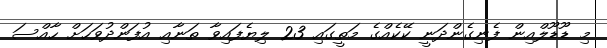
މި ޑޫޑޫލްއިން ފެނިގެންދަނީ ކޭކެއްގެ މަތީގައި 23 ލިޔެފައިވާ ތަނާއި އުފަންދުވަހަށް ހާއްސަ